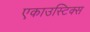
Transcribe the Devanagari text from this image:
एकाउस्टिक्स